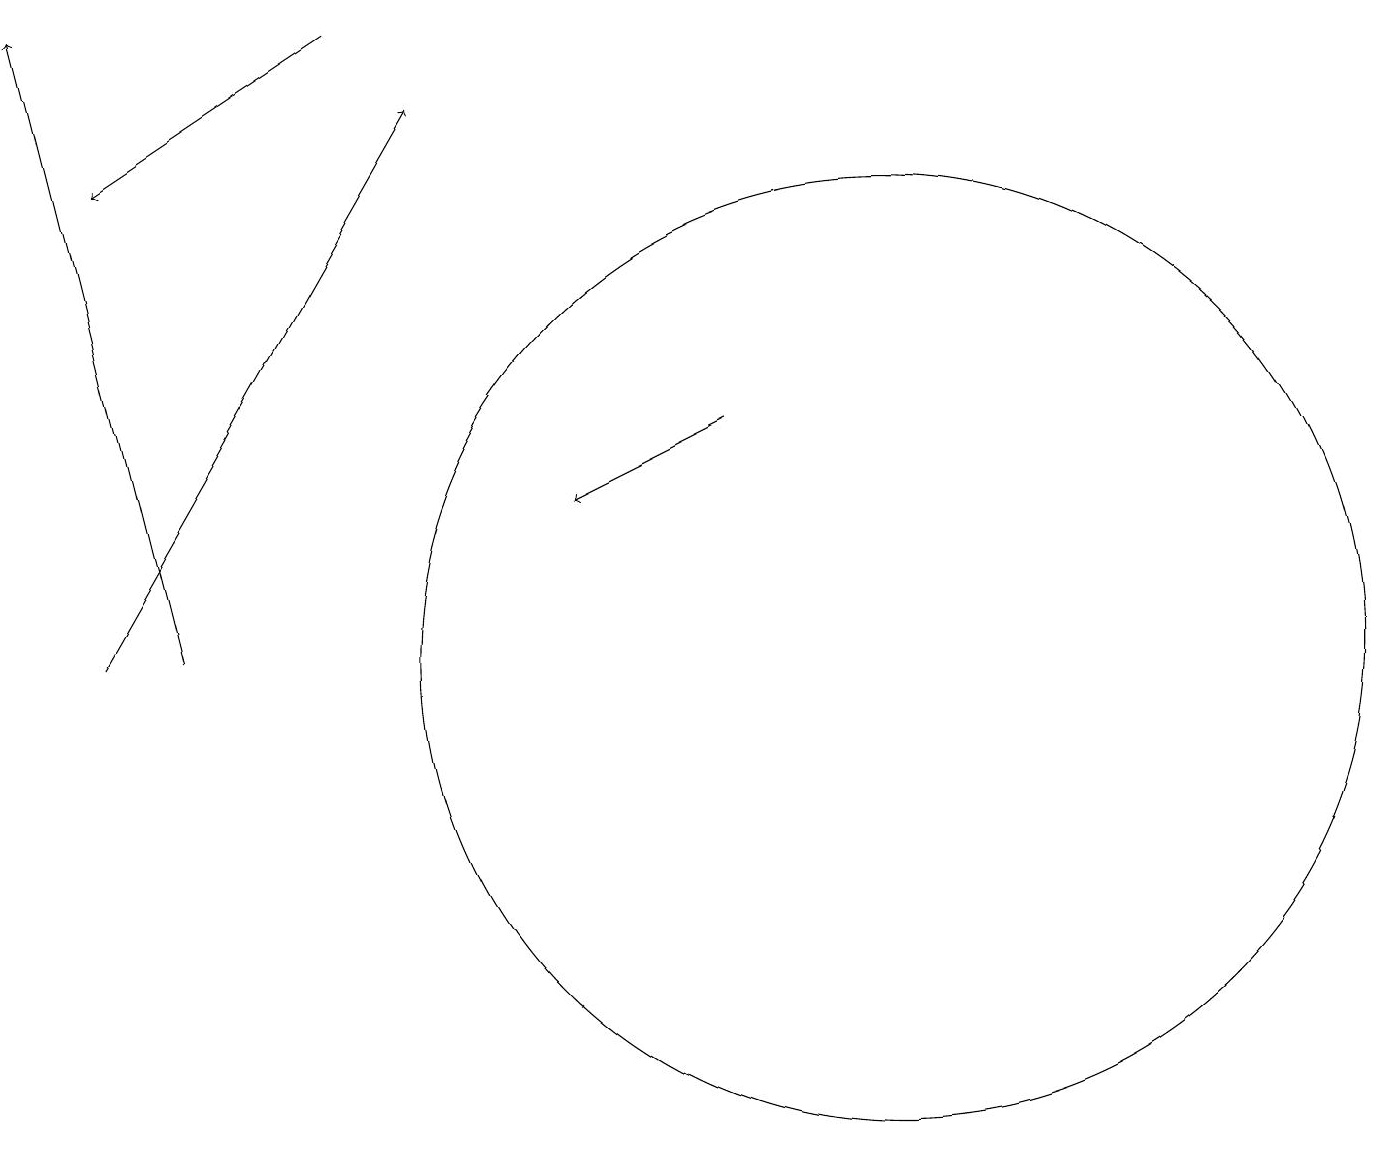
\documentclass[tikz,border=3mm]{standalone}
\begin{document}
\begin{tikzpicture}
\draw (11,11) circle (6);
\draw[->] (1,11) -- (5,18);
\draw[->] (4,19) -- (1,17);
\draw[->] (9,14) -- (7,13);
\draw[->] (2,11) -- (0,19);
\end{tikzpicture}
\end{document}